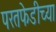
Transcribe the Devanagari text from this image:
परतफेडीच्या